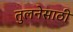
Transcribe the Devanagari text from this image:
तुलनेसाठी